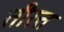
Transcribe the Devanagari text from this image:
तीरत्त